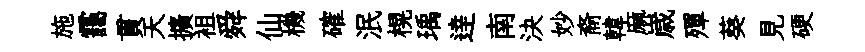
施靄貫天擴袓舜仙機確泯榥瑀逹南決妙裔韓麻𡻕殫葵見硬